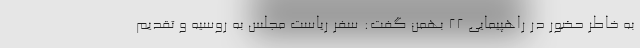
به خاطر حضور در راهپیمایی ۲۲ بهمن گفت: سفر ریاست مجلس به روسیه و تقدیم